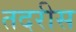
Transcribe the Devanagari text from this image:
तदरीस